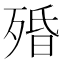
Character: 殙